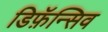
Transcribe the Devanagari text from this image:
डिफ़ॅन्सिव